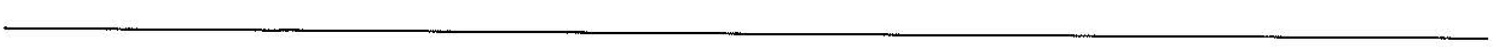
___